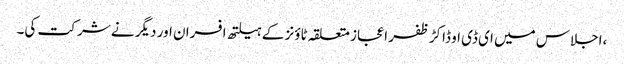
،اجلاس میں ای ڈی او ڈاکڑ ظفر اعجاز متعلقہ ٹاؤنز کے ہیلتھ افسران اور دیگر نے شر کت کی۔